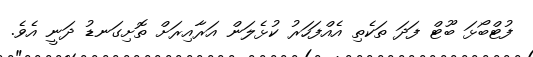
ފުޓްބޯޅަ ބޫޓް ފަދަ ތަކެތި އެއްފަހަރު ކުޅެލަން އަރާއިރަށް ތޮށިގަނޑު ދަނީ އެވެ.